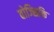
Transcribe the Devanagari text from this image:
वोज्सिकि